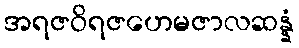
အရဇဝိရဇဟေမဇာလဆန္နံ